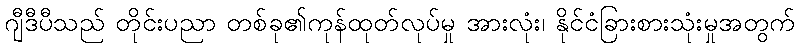
ဂျီဒီပီသည် တိုင်းပညာ တစ်ခု၏ကုန်ထုတ်လုပ်မှု အားလုံး၊ နိုင်ငံခြားစားသုံးမှုအတွက်